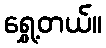
ရွှေ့တယ်။